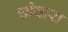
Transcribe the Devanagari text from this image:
चोवारा